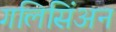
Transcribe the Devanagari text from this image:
गलिसिंअन